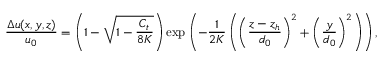
\frac { \Delta u ( x , y , z ) } { u _ { 0 } } = \left( 1 - \sqrt { 1 - \frac { C _ { t } } { 8 K } } \right) \exp \left( - \frac { 1 } { 2 K } \left( \left( \frac { z - z _ { h } } { d _ { 0 } } \right) ^ { 2 } + \left( \frac { y } { d _ { 0 } } \right) ^ { 2 } \right) \right) ,